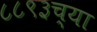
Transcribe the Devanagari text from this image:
८८९३च्या